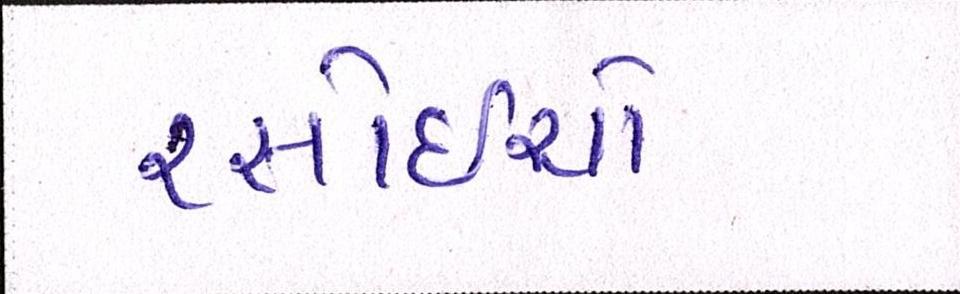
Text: રસોઈયો